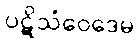
ပဋိသံဝေဒေမ